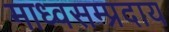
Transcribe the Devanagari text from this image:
माध्वसम्प्रदाय